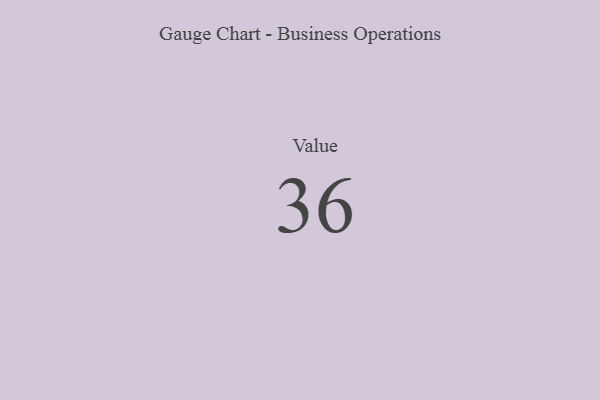
{"axis": {"x": "Metric", "y": "Value"}, "legend": [""], "data": [{"x": "Value", "y": 36, "type": ""}]}